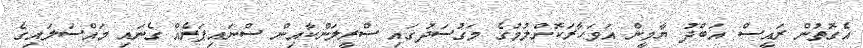
އެގޮތުން ރައީސް އަބްދު ޔާމީން އަވަހާރަކޮށްލުމުގެ މަގުސަދުގައި ސްރީލަންކާއިން ސްނައިޕަރެއް ގެނައި މައްސަލައިގެ